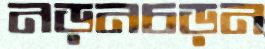
নড়নচড়ন